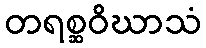
တရစ္ဆဝိဃာသံ